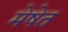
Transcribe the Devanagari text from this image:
मेषेत